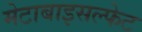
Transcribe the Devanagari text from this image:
मेटाबाइसल्फेट